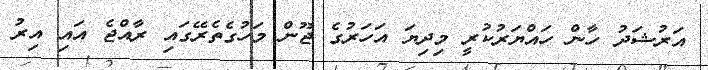
އަރުޝަދު ހާން ހައްޔަރުކުރީ މިދިޔަ އަހަރުގެ ޖޫން މަހުގެތެރޭގައި ރާއްޖެ އައި އިރު